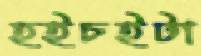
হইচইটা